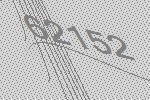
62152